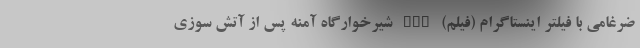
ضرغامی با فیلتر اینستاگرام (فیلم) nan شیرخوارگاه آمنه پس از آتش سوزی